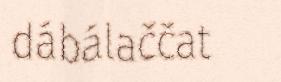
dábálaččat